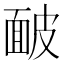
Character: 䩅